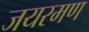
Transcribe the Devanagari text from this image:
जयरमण